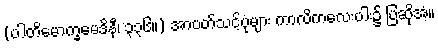
(ပါတိမောက္ခမေဒိနီ၊ ၃၃၆။) အာပတ်သင့်ပုံများ ကာလိကလေးပါး၌ ပြဆိုအံ့။